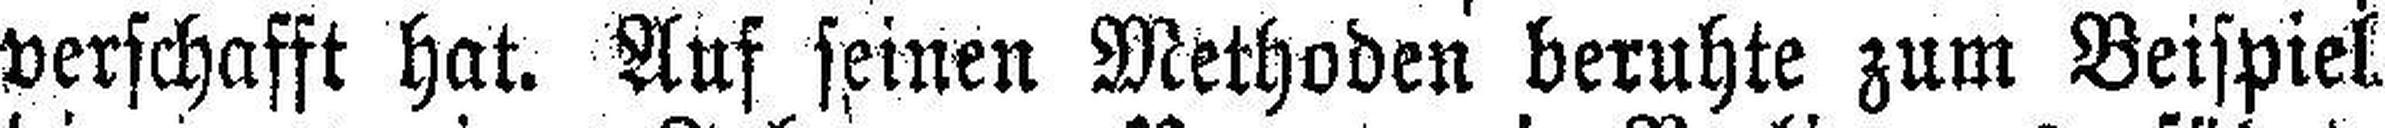
verschafft hat. Auf seinen Methoden beruhte zum Beispiel